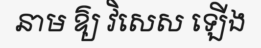
នាម ឱ្យ វិសេស ឡើង